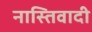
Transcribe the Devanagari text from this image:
नास्तिवादी